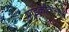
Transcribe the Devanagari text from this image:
माइक्रोवोल्ट।